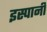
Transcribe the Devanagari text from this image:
इस्पानी